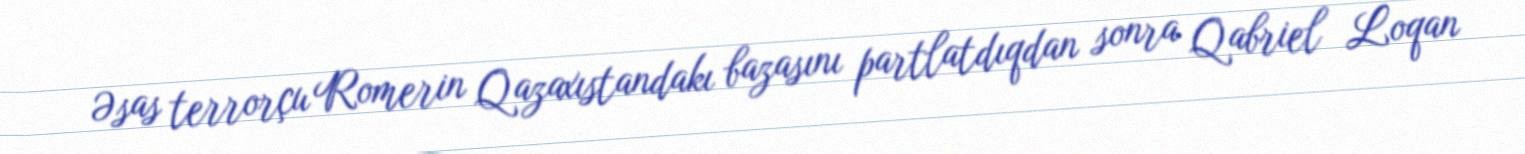
Əsas terrorçu Romerin Qazaxıstandakı bazasını partlatdıqdan sonra Qabriel Loqan